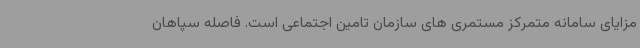
مزایای سامانه متمرکز مستمری های سازمان تامین اجتماعی است. فاصله سپاهان